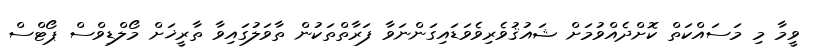
ވީމާ މި މަސައްކަތް ކޮށްދެއްވުމަށް ޝައުޤުވެރިވެވަޑައިގަންނަވާ ފަރާތްތަކުން ތާވަލުގައިވާ ތާރީޚަށް މޯލްޑިވްސް ޕޯޓްސް